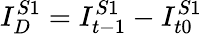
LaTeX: I_{D}^{S1}=I_{t-1}^{S1}-I_{t0}^{S1}